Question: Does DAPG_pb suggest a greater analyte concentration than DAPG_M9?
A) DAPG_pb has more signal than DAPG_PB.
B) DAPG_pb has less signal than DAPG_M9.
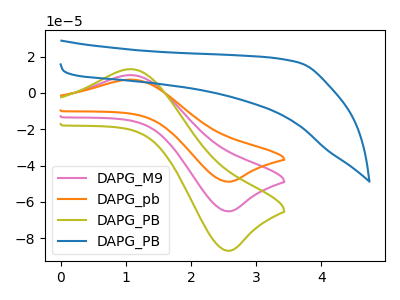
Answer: <think>The pink curve "DAPG_M9" has an anodic peak at (1.10V, 9.85uA) and a cathodic peak at (2.55V, -65.20uA). The orange curve "DAPG_pb" has an anodic peak at (1.10V, 7.40uA) and a cathodic peak at (2.55V, -48.90uA). The olive curve "DAPG_PB" has an anodic peak at (1.10V, 19.70uA) and a cathodic peak at (2.55V, -130.35uA). The blue curve "DAPG_PB" has no peaks.
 All the peaks in "DAPG_pb" have a peak in "DAPG_M9" at the same potential. Every peak in "DAPG_pb" is lower than every peak in "DAPG_M9".</think>
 <answer>B) "DAPG_pb" has less signal than "DAPG_M9".</answer>
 <eval>B</eval>